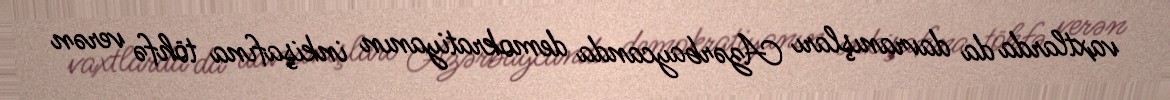
vaxtlarda da davranışları Azərbaycanda demokratiyanın inkişafına töhfə verən